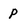
Character: p